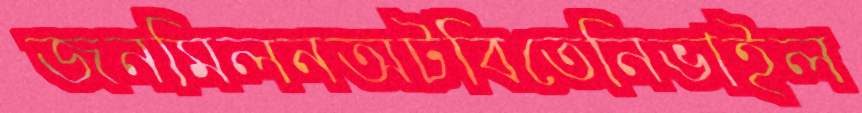
জনমিলনঅটবিতেনিভাইল